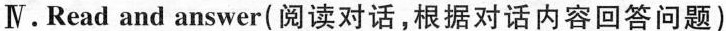
IV. Read and answer（阅读对话，根据对话内容回答问题）